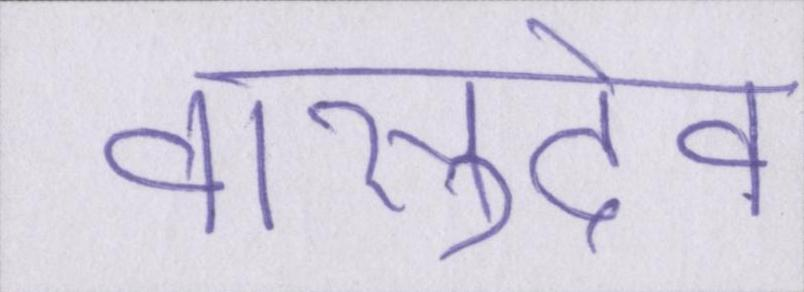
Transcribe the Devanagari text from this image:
वासुदेव